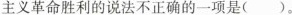
主义革命胜利的说法不正确的一项是()。